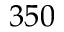
3 5 0